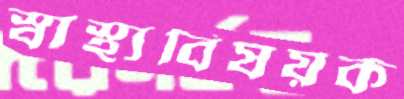
স্বাস্থ্যবিষয়ক